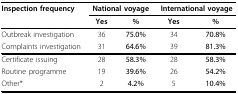
| Inspection frequency | <COLSPAN=2> National voyage | <COLSPAN=2> International voyage |
 |  | Yes | % | Yes | % |
 | --- | --- | --- | --- | --- |
 | Outbreak investigation | 36 | 75.0% | 34 | 70.8% |
 | Complaints investigation | 31 | 64.6% | 39 | 81.3% |
 | Certificate issuing | 28 | 58.3% | 28 | 58.3% |
 | Routine programme | 19 | 39.6% | 26 | 54.2% |
 | Other* | 2 | 4.2% | 5 | 10.4% |